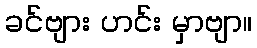
ခင်ဗျား ဟင်း မှာဗျာ။